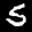
Label: 5